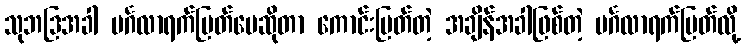
သုဘဒြအခါ မင်္ဂလာရက်မြတ်ပေဆိုတာ ကောင်းမြတ်တဲ့ အချိန်အခါဖြစ်တဲ့ မင်္ဂလာရက်မြတ်လို့